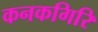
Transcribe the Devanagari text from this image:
कनकगिरि